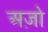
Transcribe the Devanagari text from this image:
अज़ो